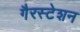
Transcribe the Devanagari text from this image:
गैरस्टेशन